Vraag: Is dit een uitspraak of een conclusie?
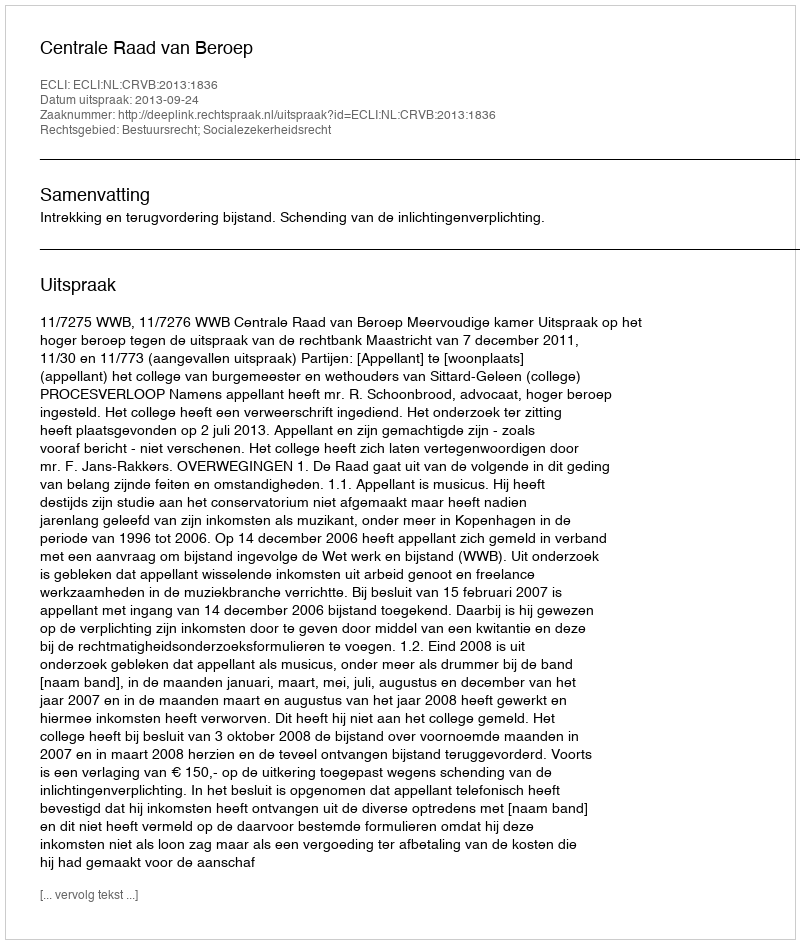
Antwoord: Uitspraak